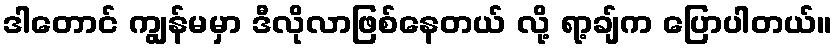
ဒါတောင် ကျွန်မမှာ ဒီလိုလာဖြစ်နေတယ် လို့ ရာ့ချ်က ပြောပါတယ်။